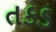
તકડ